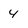
Character: 4